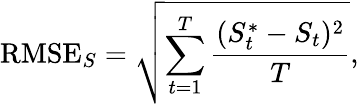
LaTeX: \mathrm{RMSE}_{S}=\sqrt{\sum_{t=1}^{T}\frac{(S_{t}^{*}-S_{t})^{2}}{T}},